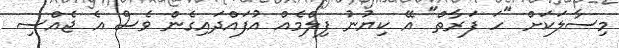
މިސާލަކަށް "ހަ ފަރާތް" އޭ ކިޔުނު ފިލްމެއް އުފައްދައިގެން ވެސް އެ ޖެއްސި